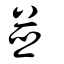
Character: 並